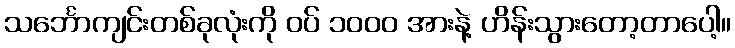
သင်္ဘောကျင်းတစ်ခုလုံးကို ဝပ် ၁၀၀၀ အားနဲ့ ဟိန်းသွားတော့တာပေါ့။